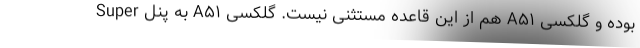
بوده و گلکسی A۵۱ هم از این قاعده مستثنی نیست. گلکسی A۵۱ به پنل Super